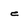
Character: e